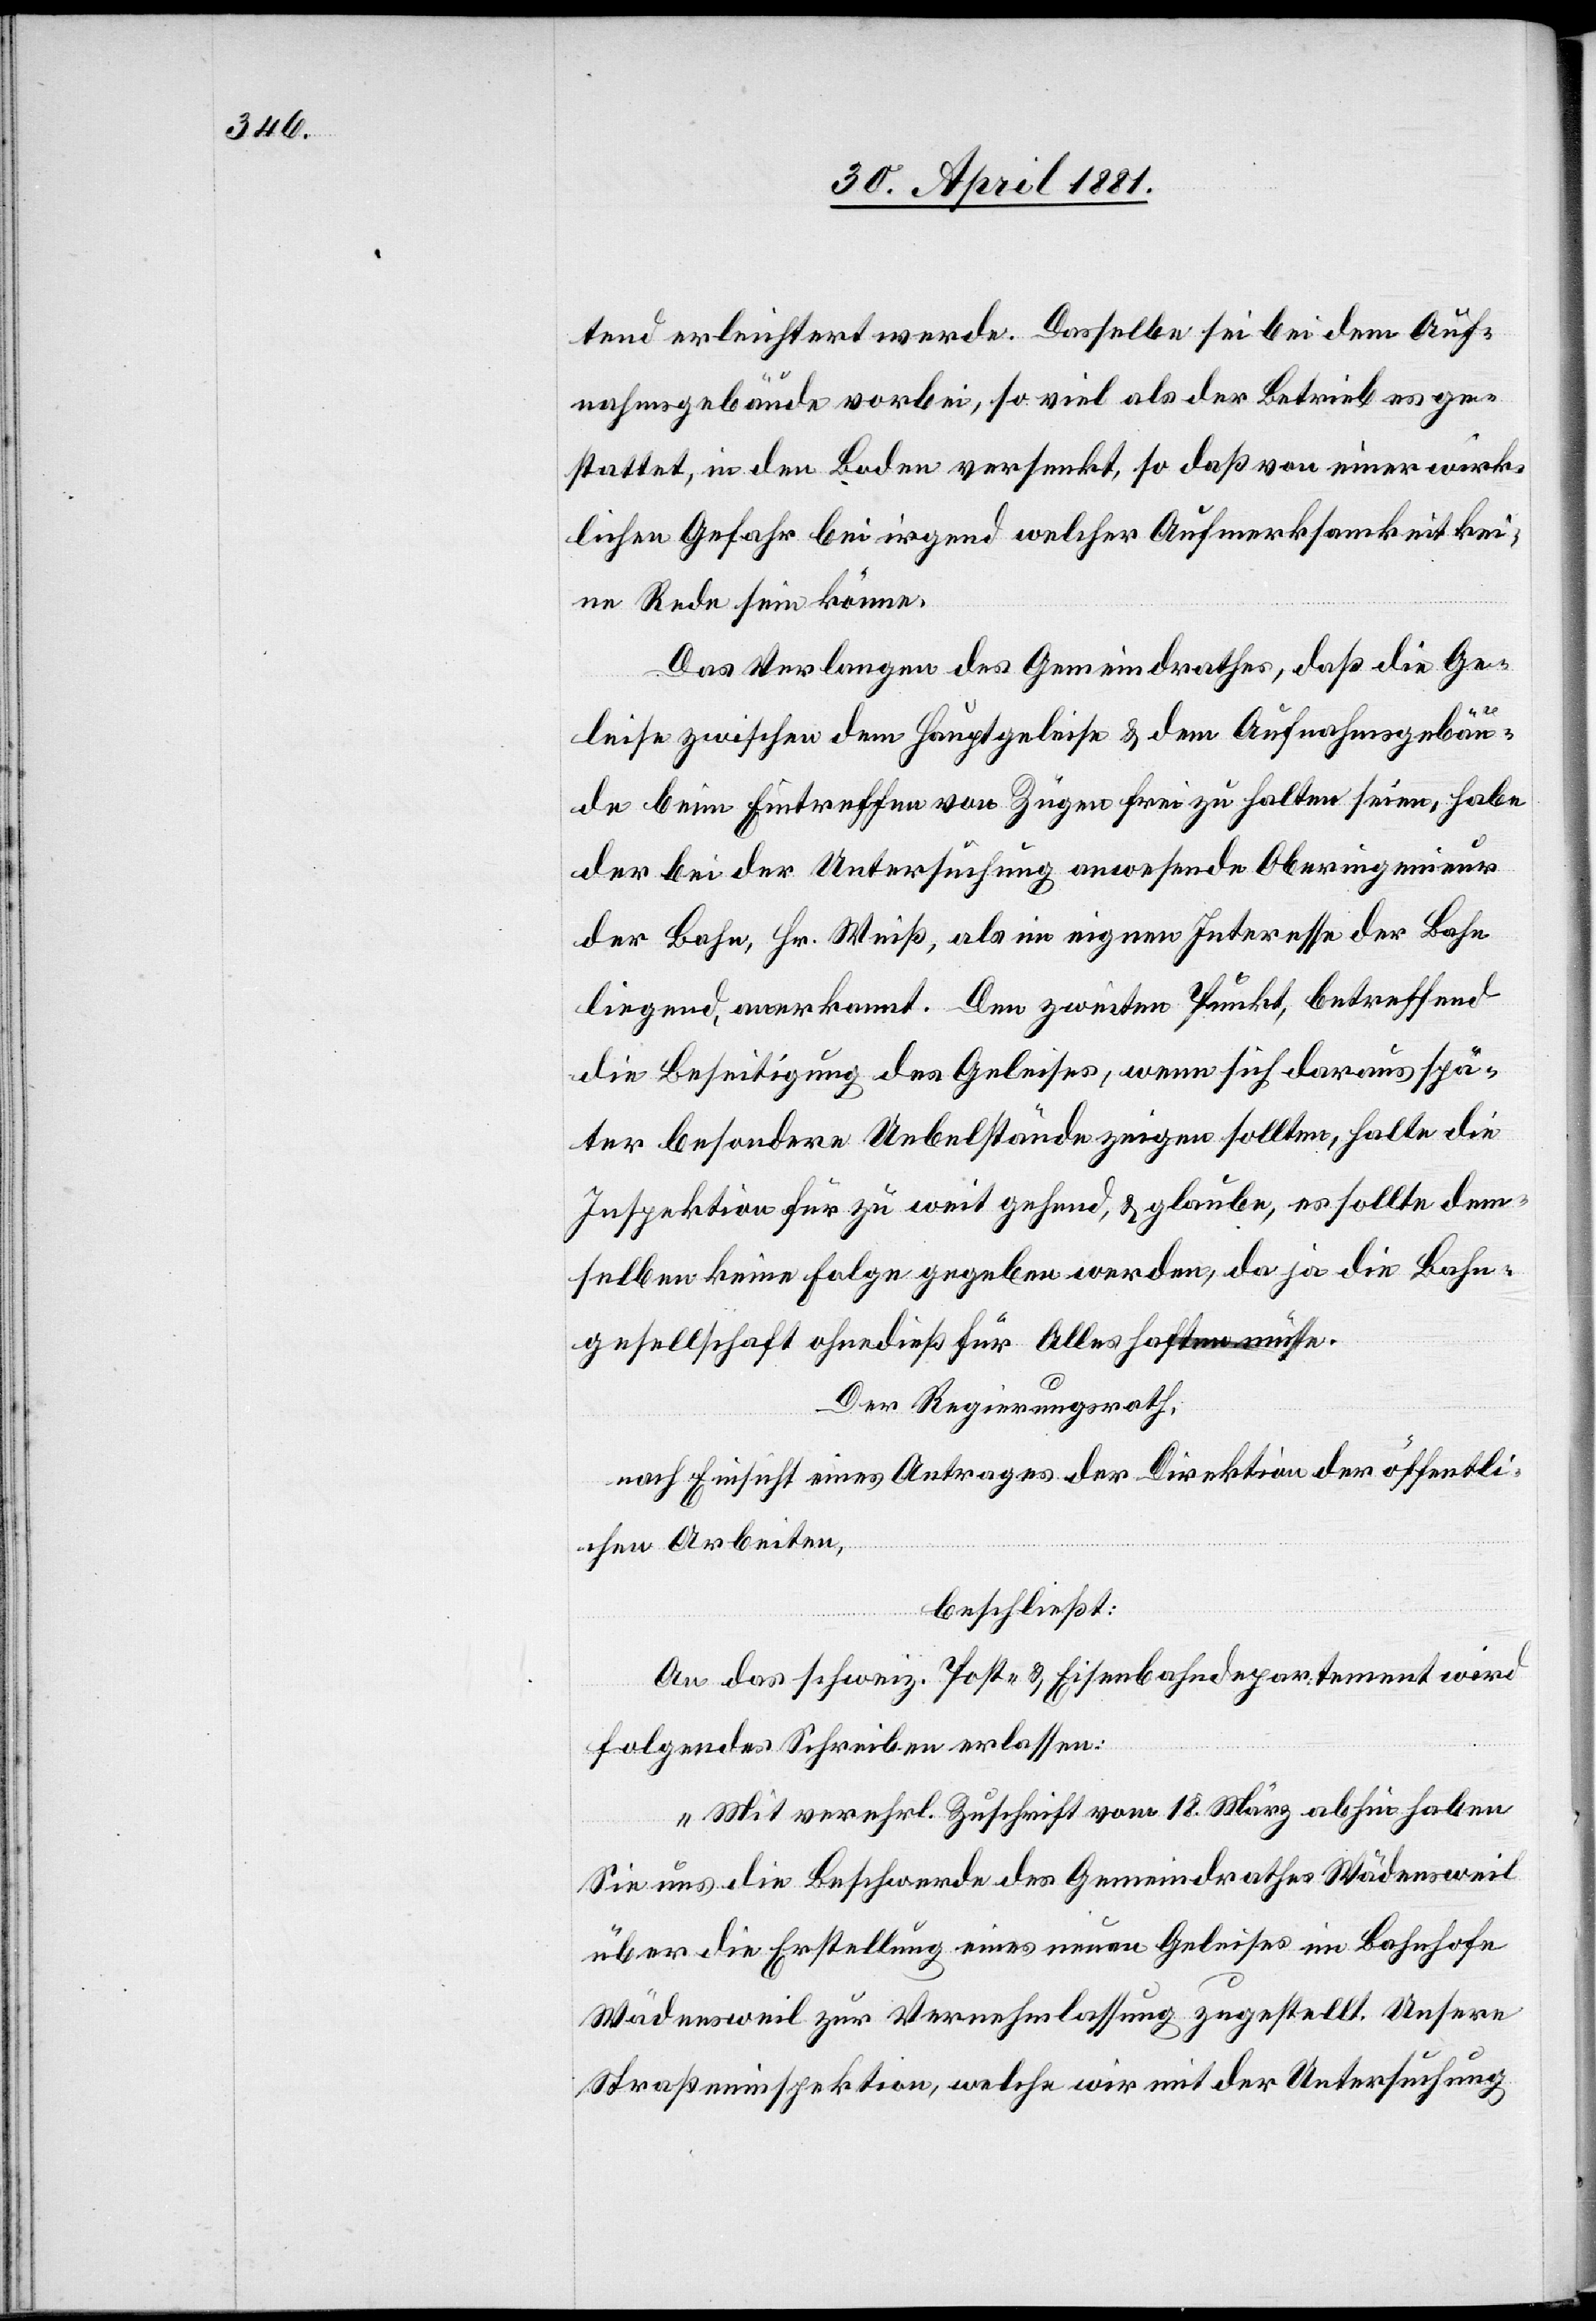
tend erleichtert werde. Dasselbe sei bei dem Auf¬
nahmsgebäude vorbei, so viel als der Betrieb es ge¬
stattet, in den Boden versenkt, so daß von einer wirk¬
lichen Gefahr bei irgend welcher Aufmerksamkeit kei¬
ne Rede sein könne.
Das Verlangen des Gemeindrathes, daß die Ge¬
leise zwischen dem Hauptgeleise & dem Aufnahmsgebäu¬
de beim Eintreffen von Zügen frei zu halten seien, habe
der bei der Untersuchung anwesende Oberingenieur
der Bahn, Hr. Weiß, als im eigenen Interesse der Bahn
liegend, anerkannt. Den zweiten Punkt, betreffend
die Beseitigung des Geleises, wenn sich darauf spä¬
ter besondere Uebelstände zeigen sollten, halte die
Inspektion für zu weit gehend, & glaube, es sollte dem
selben keine Folge gegeben werden, da ja die Bahn¬
gesellschaft ohnedieß für Alles haften müsse.
Der Regierungsrath,
nach Einsicht eines Antrages der Direktion der öffentli¬
chen Arbeiten,
beschließt:
An das schweiz. Post- & Eisenbahndepartement wird
folgendes Schreiben erlassen:
„Mit verehrl. Zuschrift vom 18. März abhin haben
Sie uns die Beschwerde des Gemeindrathes Wädensweil
über die Erstellung eines neuen Geleises im Bahnhofe
Wädensweil zur Vernehmlassung zugestellt. Unsere
Straßeninspektion, welche wir mit der Untersuchung